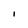
Character: I